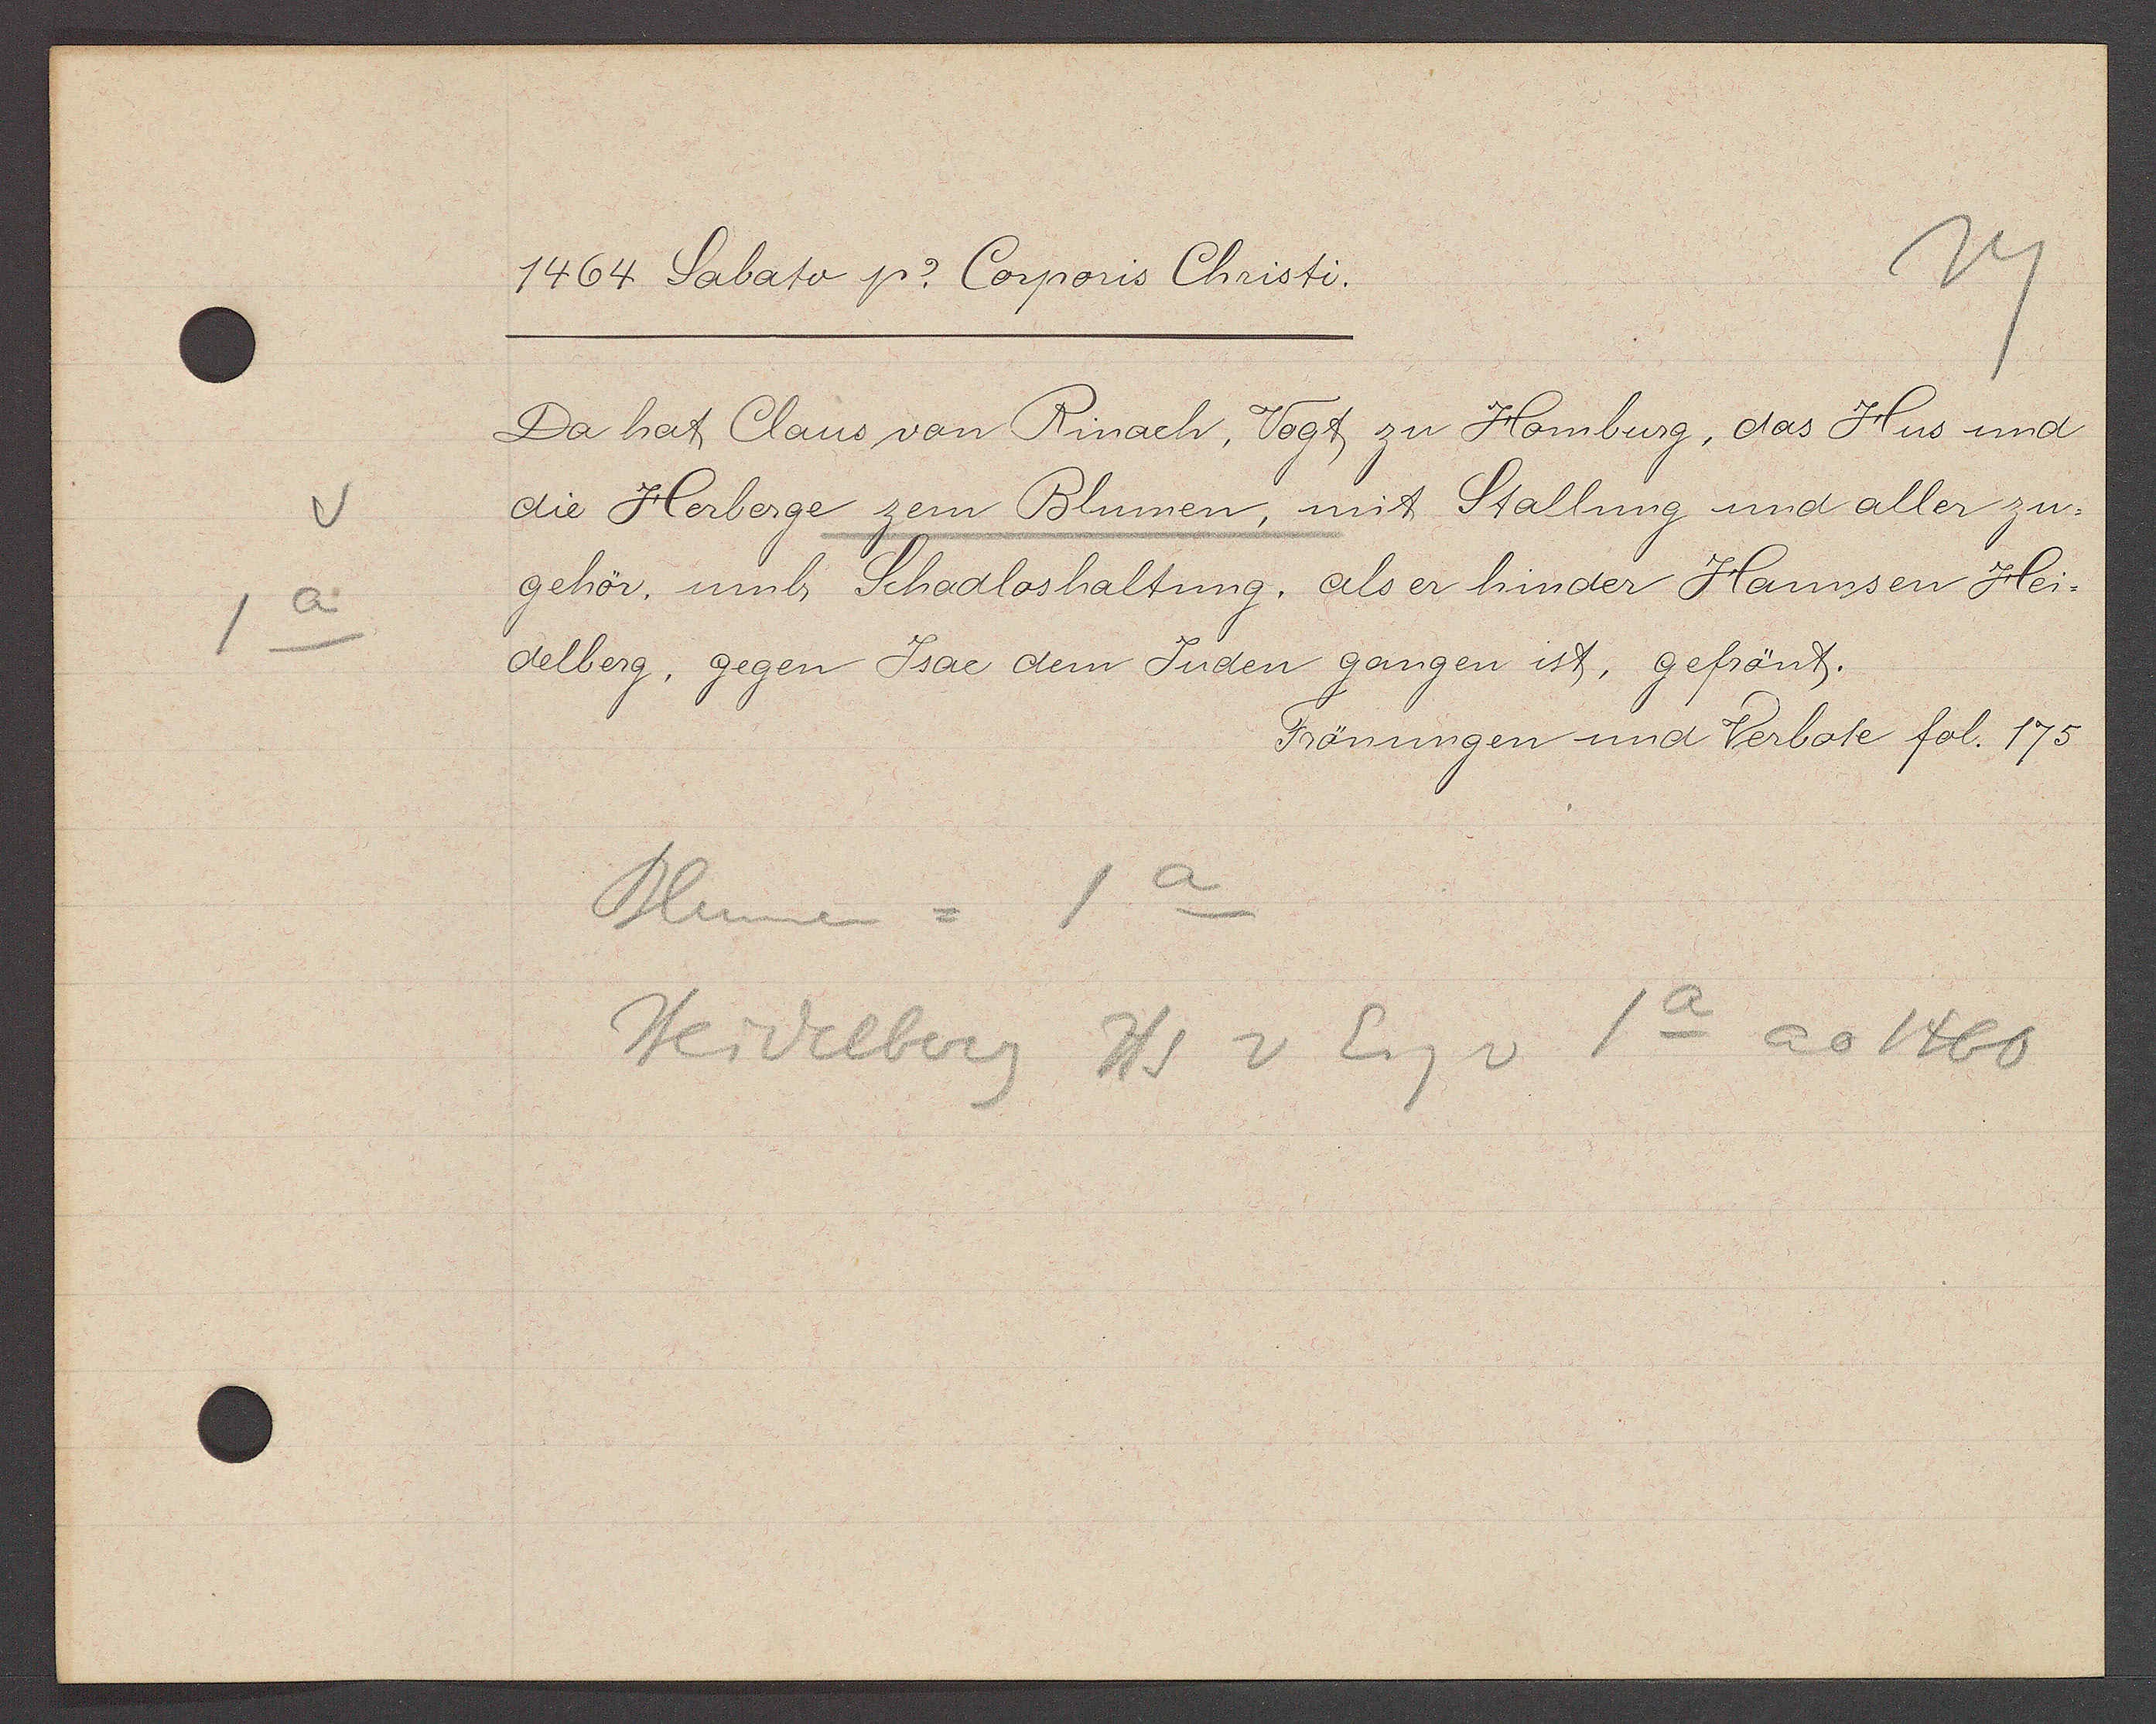
Transcript:
1a

1464 Sabato p. Corporis Christi.

Da hat Claus von Rinach, Vogt zu Homburg, das Hus und
die Herberge zem Blumen, mit Stallung und aller zu¬
gehör, umb Schadloshaltung, als er hinder Hannsen Hei¬
delberg, gegen Jsac dem Juden gangen ist, gefrönt.

Frönungen und Verbote fol. 175

Blumen = 1a
Heidelberg Hs v Eig v 1a ao 1460